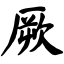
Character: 厥